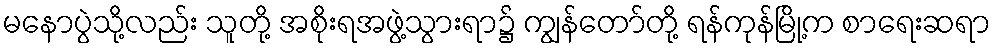
မနောပွဲသို့လည်း သူတို့ အစိုးရအဖွဲ့သွားရာ၌ ကျွန်တော်တို့ ရန်ကုန်မြို့က စာရေးဆရာ